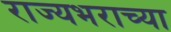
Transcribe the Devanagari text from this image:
राज्यभराच्या